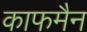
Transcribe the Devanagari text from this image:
काफमैन